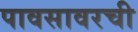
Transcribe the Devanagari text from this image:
पावसावरची